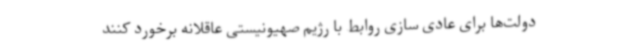
دولت‌ها برای عادی سازی روابط با رژیم صهیونیستی عاقلانه برخورد کنند